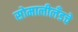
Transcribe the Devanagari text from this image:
सोमालीलँडचे